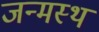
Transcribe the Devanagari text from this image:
जन्मस्थ